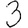
Digit: 3